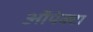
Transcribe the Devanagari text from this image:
ऑपेक्टा